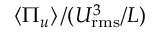
\left\langle \Pi _ { u } \right\rangle / ( U _ { \mathrm { r m s } } ^ { 3 } / L )